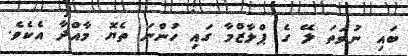
ބައި ނުވަތަ ލޭ ގެ ޕްލާޒްމާ ގައި ހުންނަ ތެޔޮ މާއްދާ އެކެވެ.